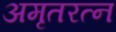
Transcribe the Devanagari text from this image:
अमृतरत्न